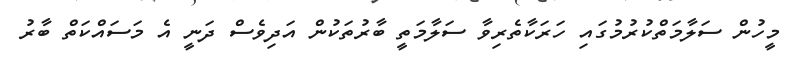
މީހުން ސަލާމަތްކުރުމުގައި ހަރަކާތެރިވާ ސަލާމަތީ ބާރުތަކުން އަދިވެސް ދަނީ އެ މަސައްކަތް ބާރު